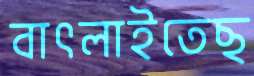
বাৎলাইতেছ